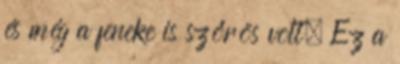
és még a feneke is szőrös volt. Ez a